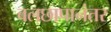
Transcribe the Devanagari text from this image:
बलछापानंतर